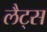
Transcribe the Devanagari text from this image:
लैट्स